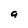
Character: g